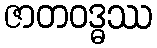
ဇာတဝဒ္ဓဿ